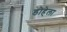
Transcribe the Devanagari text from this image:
डोहेला